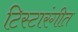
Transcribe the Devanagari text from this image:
टिस्टारंगीत